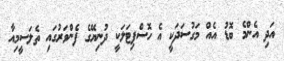
އަދި އެންމެ ބޮޑު އެއް މަގުސަދަކީ އެ ހޮސްޕިޓަލަކީ ދުނިޔޭގެ ފެންވަރުގައި ތެލަސީމިއާ